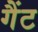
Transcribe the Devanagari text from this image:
गैंट